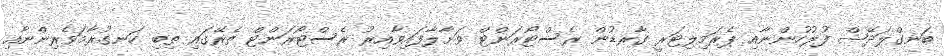
ބަނގްލަދޭޝް ފުލުހުންނާއި ޕެރަމިލިޓަރީ ގާރޑުން ރެސްޓޯރަންޓް ވަށާލާފައިވާއިރު ރެސްޓޯރަންޓް ތެރޭގައި ތިބި ހަނގުރާމަވެރިންނާއި